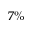
7 \%